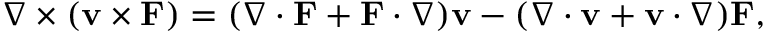
\nabla \times \left( \mathbf { v } \times \mathbf { F } \right) = ( \nabla \cdot \mathbf { F } + \mathbf { F } \cdot \nabla ) \mathbf { v } - ( \nabla \cdot \mathbf { v } + \mathbf { v } \cdot \nabla ) \mathbf { F } ,